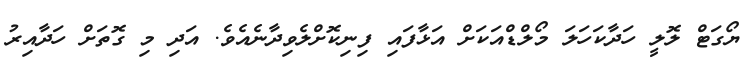
ޔޯގަޓް ލޮލީ ހަދާކަހަލަ މޯލްޑްއަކަށް އަޅާފައި ފިނިކޮށްލެވިދާނެއެވެ. އަދި މި ގޮތަށް ހަދާއިރު